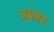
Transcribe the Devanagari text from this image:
अबसर